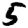
Digit: 5